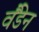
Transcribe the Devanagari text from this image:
वैंडेन